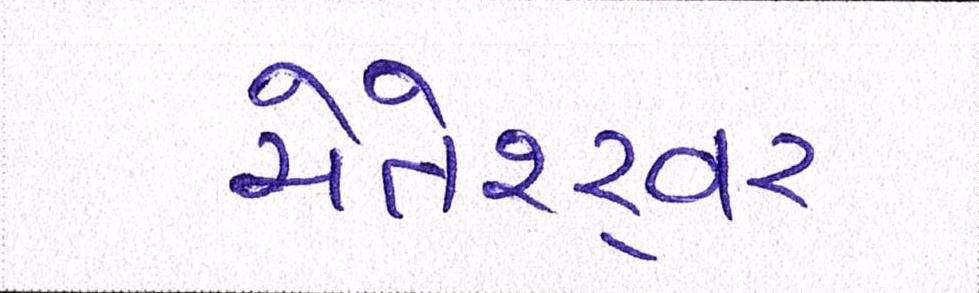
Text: ચેતેશ્ર્વર